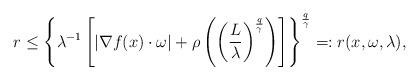
LaTeX: \begin{align*}r\leq\left\{\lambda^{-1}\left[|\nabla f(x)\cdot\omega|+\rho\left(\left(\frac{L}{\lambda}\right)^\frac{q}{\gamma}\right)\right]\right\}^\frac{q}{\gamma}=:r(x,\omega,\lambda),\end{align*}